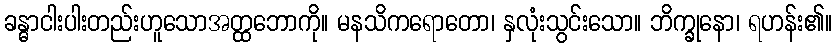
ခန္ဓာငါးပါးတည်းဟူသောအတ္ထဘောကို။ မနသိကရောတော၊ နှလုံးသွင်းသော။ ဘိက္ခုနော၊ ရဟန်း၏။